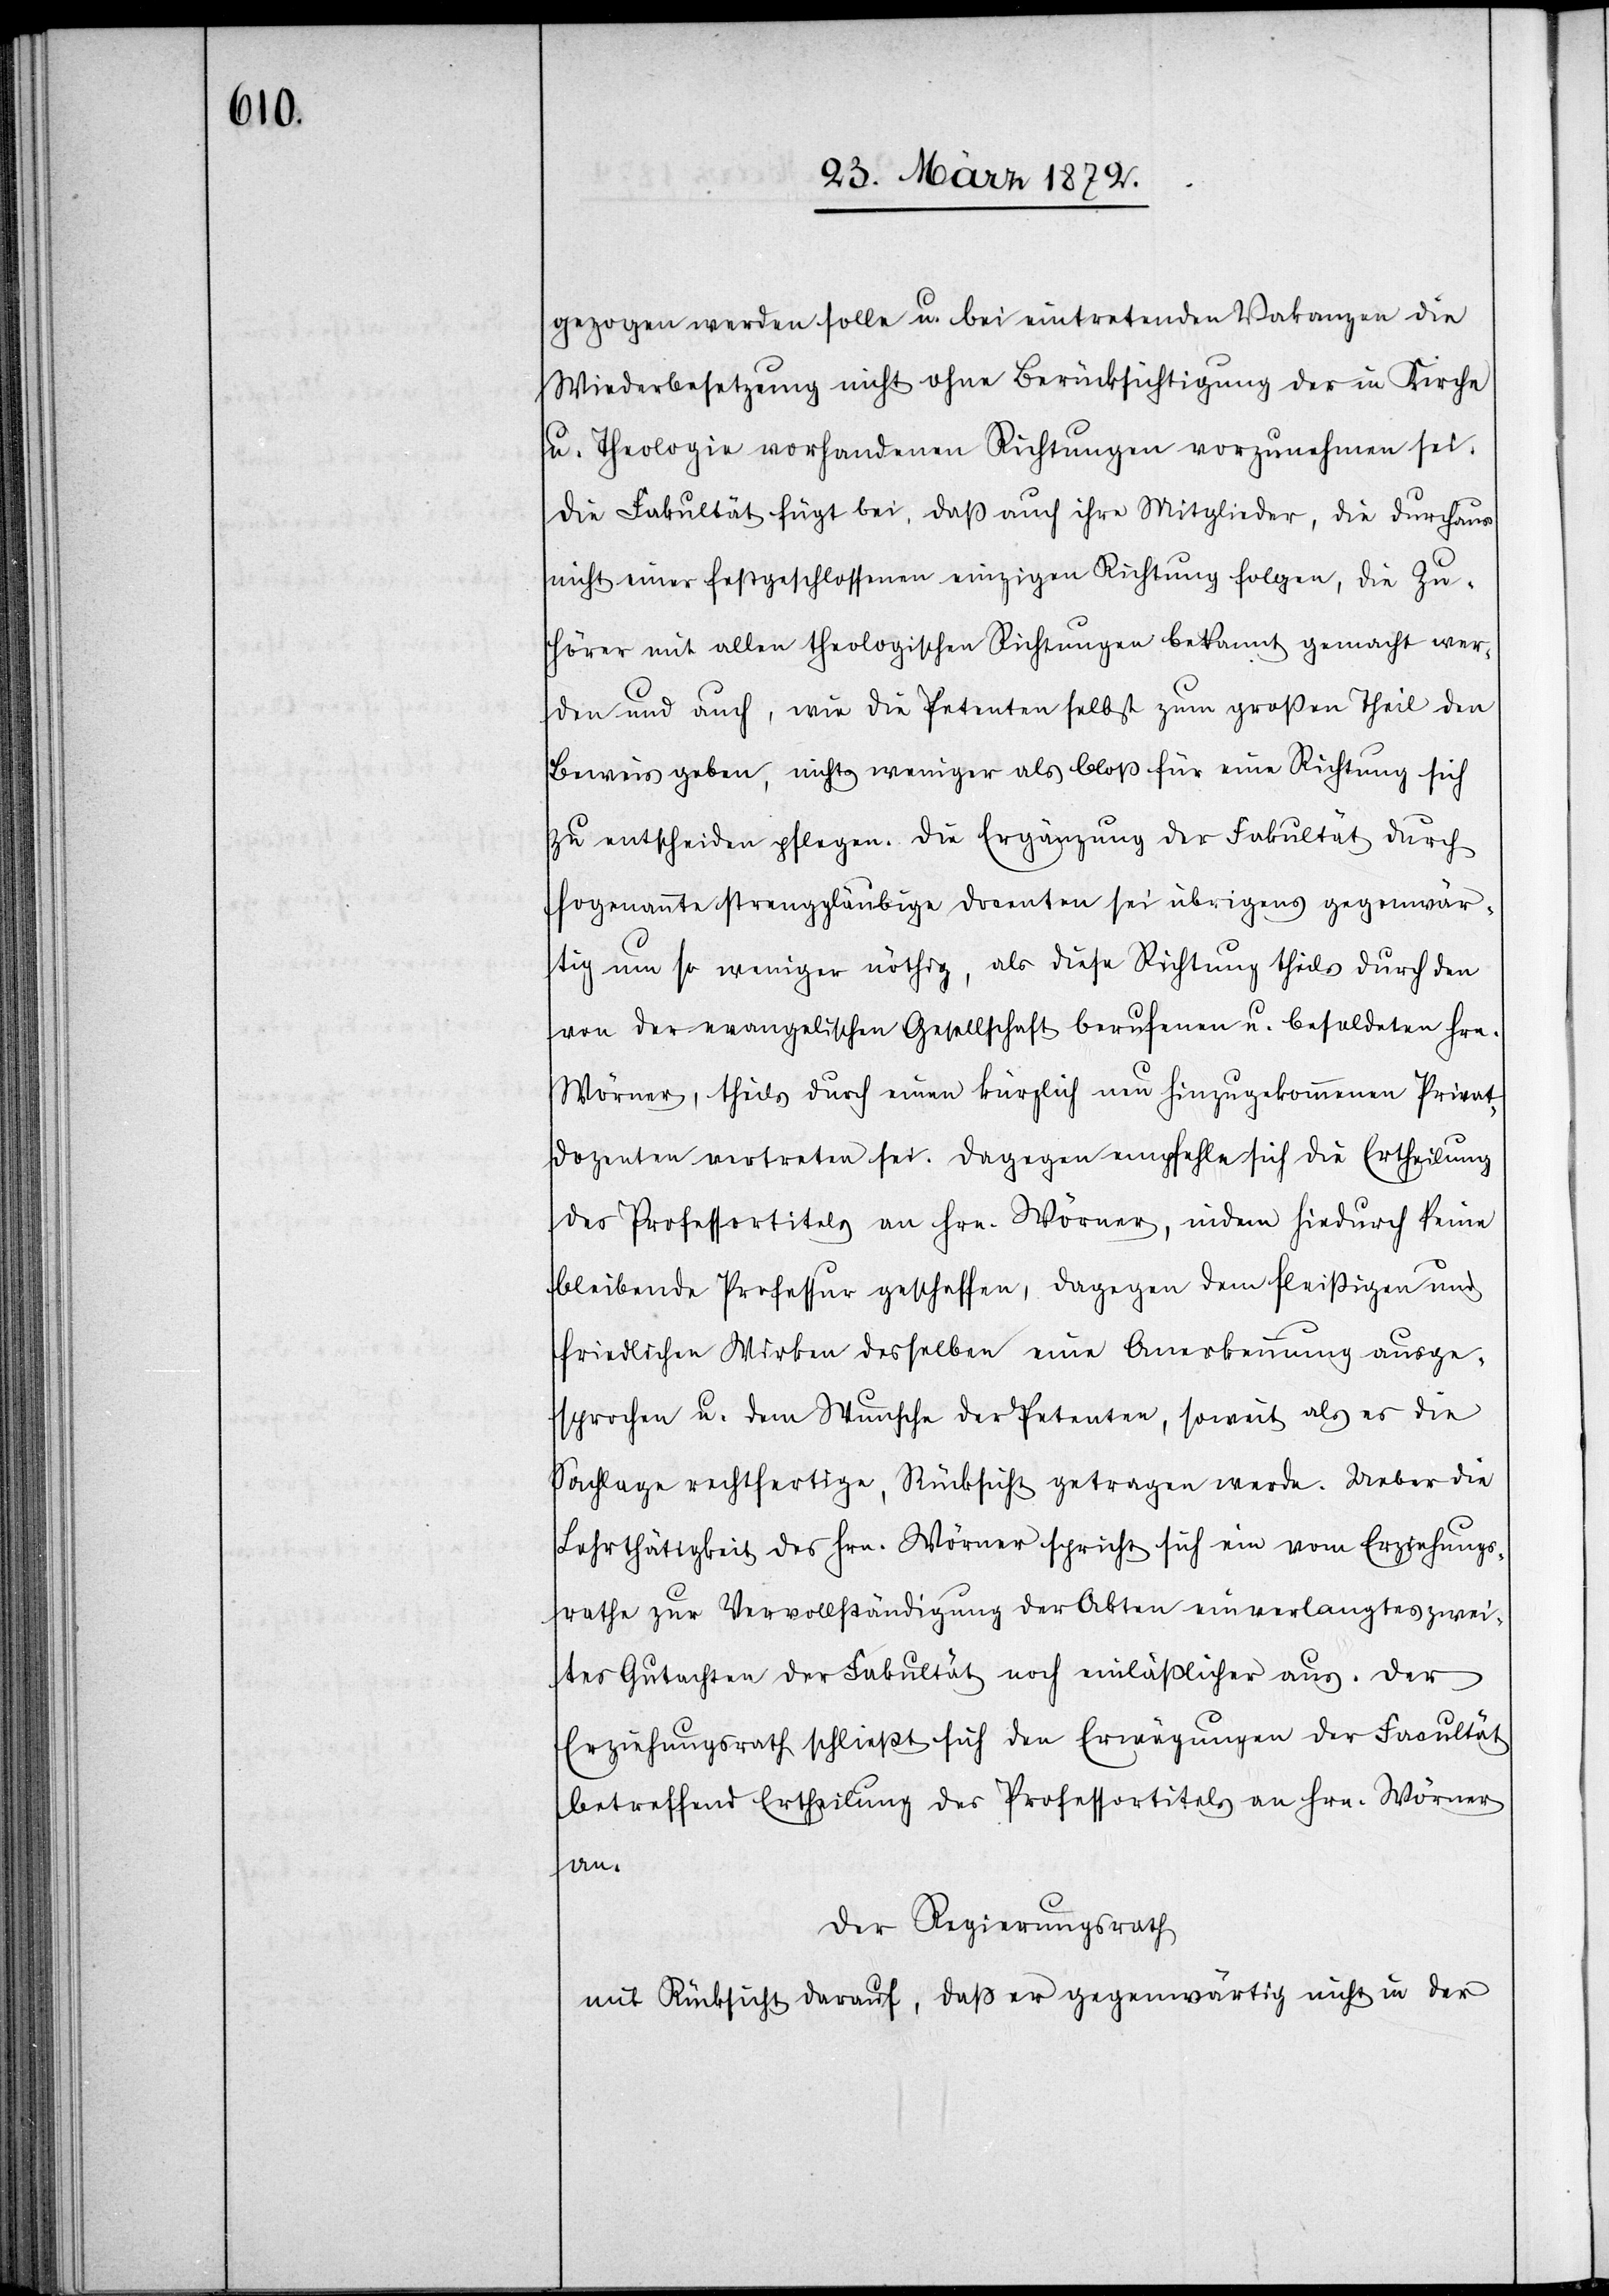
gezogen werden solle u. bei eintretenden Vakanzen die
Wiederbesetzung nicht ohne Berücksichtigung der in Kirche
u. Theologie vorhandenen Richtungen vorzunehmen sei.
Die Fakultät fügt bei, daß auch ihre Mitglieder, die durchaus
nicht einer festgeschlossenen einzigen Richtung folgen, die Zu¬
hörer mit allen theologischen Richtungen bekannt gemacht wer¬
den und auch, wie die Petenten selbst zum großen Theil den
Beweis geben, nichts weniger als bloß für eine Richtung sich
zu entscheiden pflegen. Die Ergänzung der Fakultät durch
sogenannte strenggläubige Docenten sei übrigens gegenwär¬
tig um so weniger nöthig, als diese Richtung theils durch den
von der evangelischen Gesellschaft berufenen u. besoldeten Hrn.
Wörner, theils durch einen kürzlich neu hinzugekommenen Privat¬
dozenten vertreten sei. Dagegen empfehle sich die Ertheilung
des Professortitels an Hrn. Wörner, indem hiedurch keine
bleibende Professur geschaffen, dagegen dem fleißigen und
friedlichen Wirken desselben eine Anerkennung ausge¬
sprochen u. dem Wunsche der Petenten, soweit als es die
Sachlage rechtfertige, Rücksicht getragen werde. Ueber die
Lehrthätigkeit des Hrn. Wörner spricht sich ein vom Erziehungs¬
rathe zur Vervollständigung der Akten einverlangtes zwei¬
tes Gutachten der Fakultät noch einläßlicher aus. Der
Erziehungsrath schließt sich den Erwägungen der Facultät
betreffend Ertheilung des Professortitels an Hrn. Wörner
an.
Der Regierungsrath
mit Rücksicht darauf, daß er gegenwärtig nicht in der